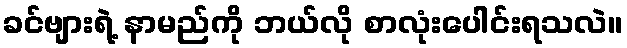
ခင်ဗျားရဲ့ နာမည်ကို ဘယ်လို စာလုံးပေါင်းရသလဲ။